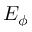
E _ { \phi }